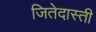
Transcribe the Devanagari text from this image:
जितेदास्ती